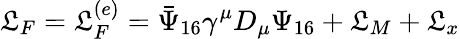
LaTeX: \mathfrak{L}_{F}=\mathfrak{L}_{F}^{(e)}=\bar{{\Psi}}_{16}\gamma^{\mu}D_{\mu}\Psi_{16}+\mathfrak{L}_{M}+\mathfrak{L}_{x}